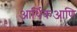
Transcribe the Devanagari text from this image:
आर्थिकआणि